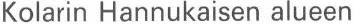
Kolarin Hannukaisen alueen